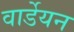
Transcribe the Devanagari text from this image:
वार्डेयन